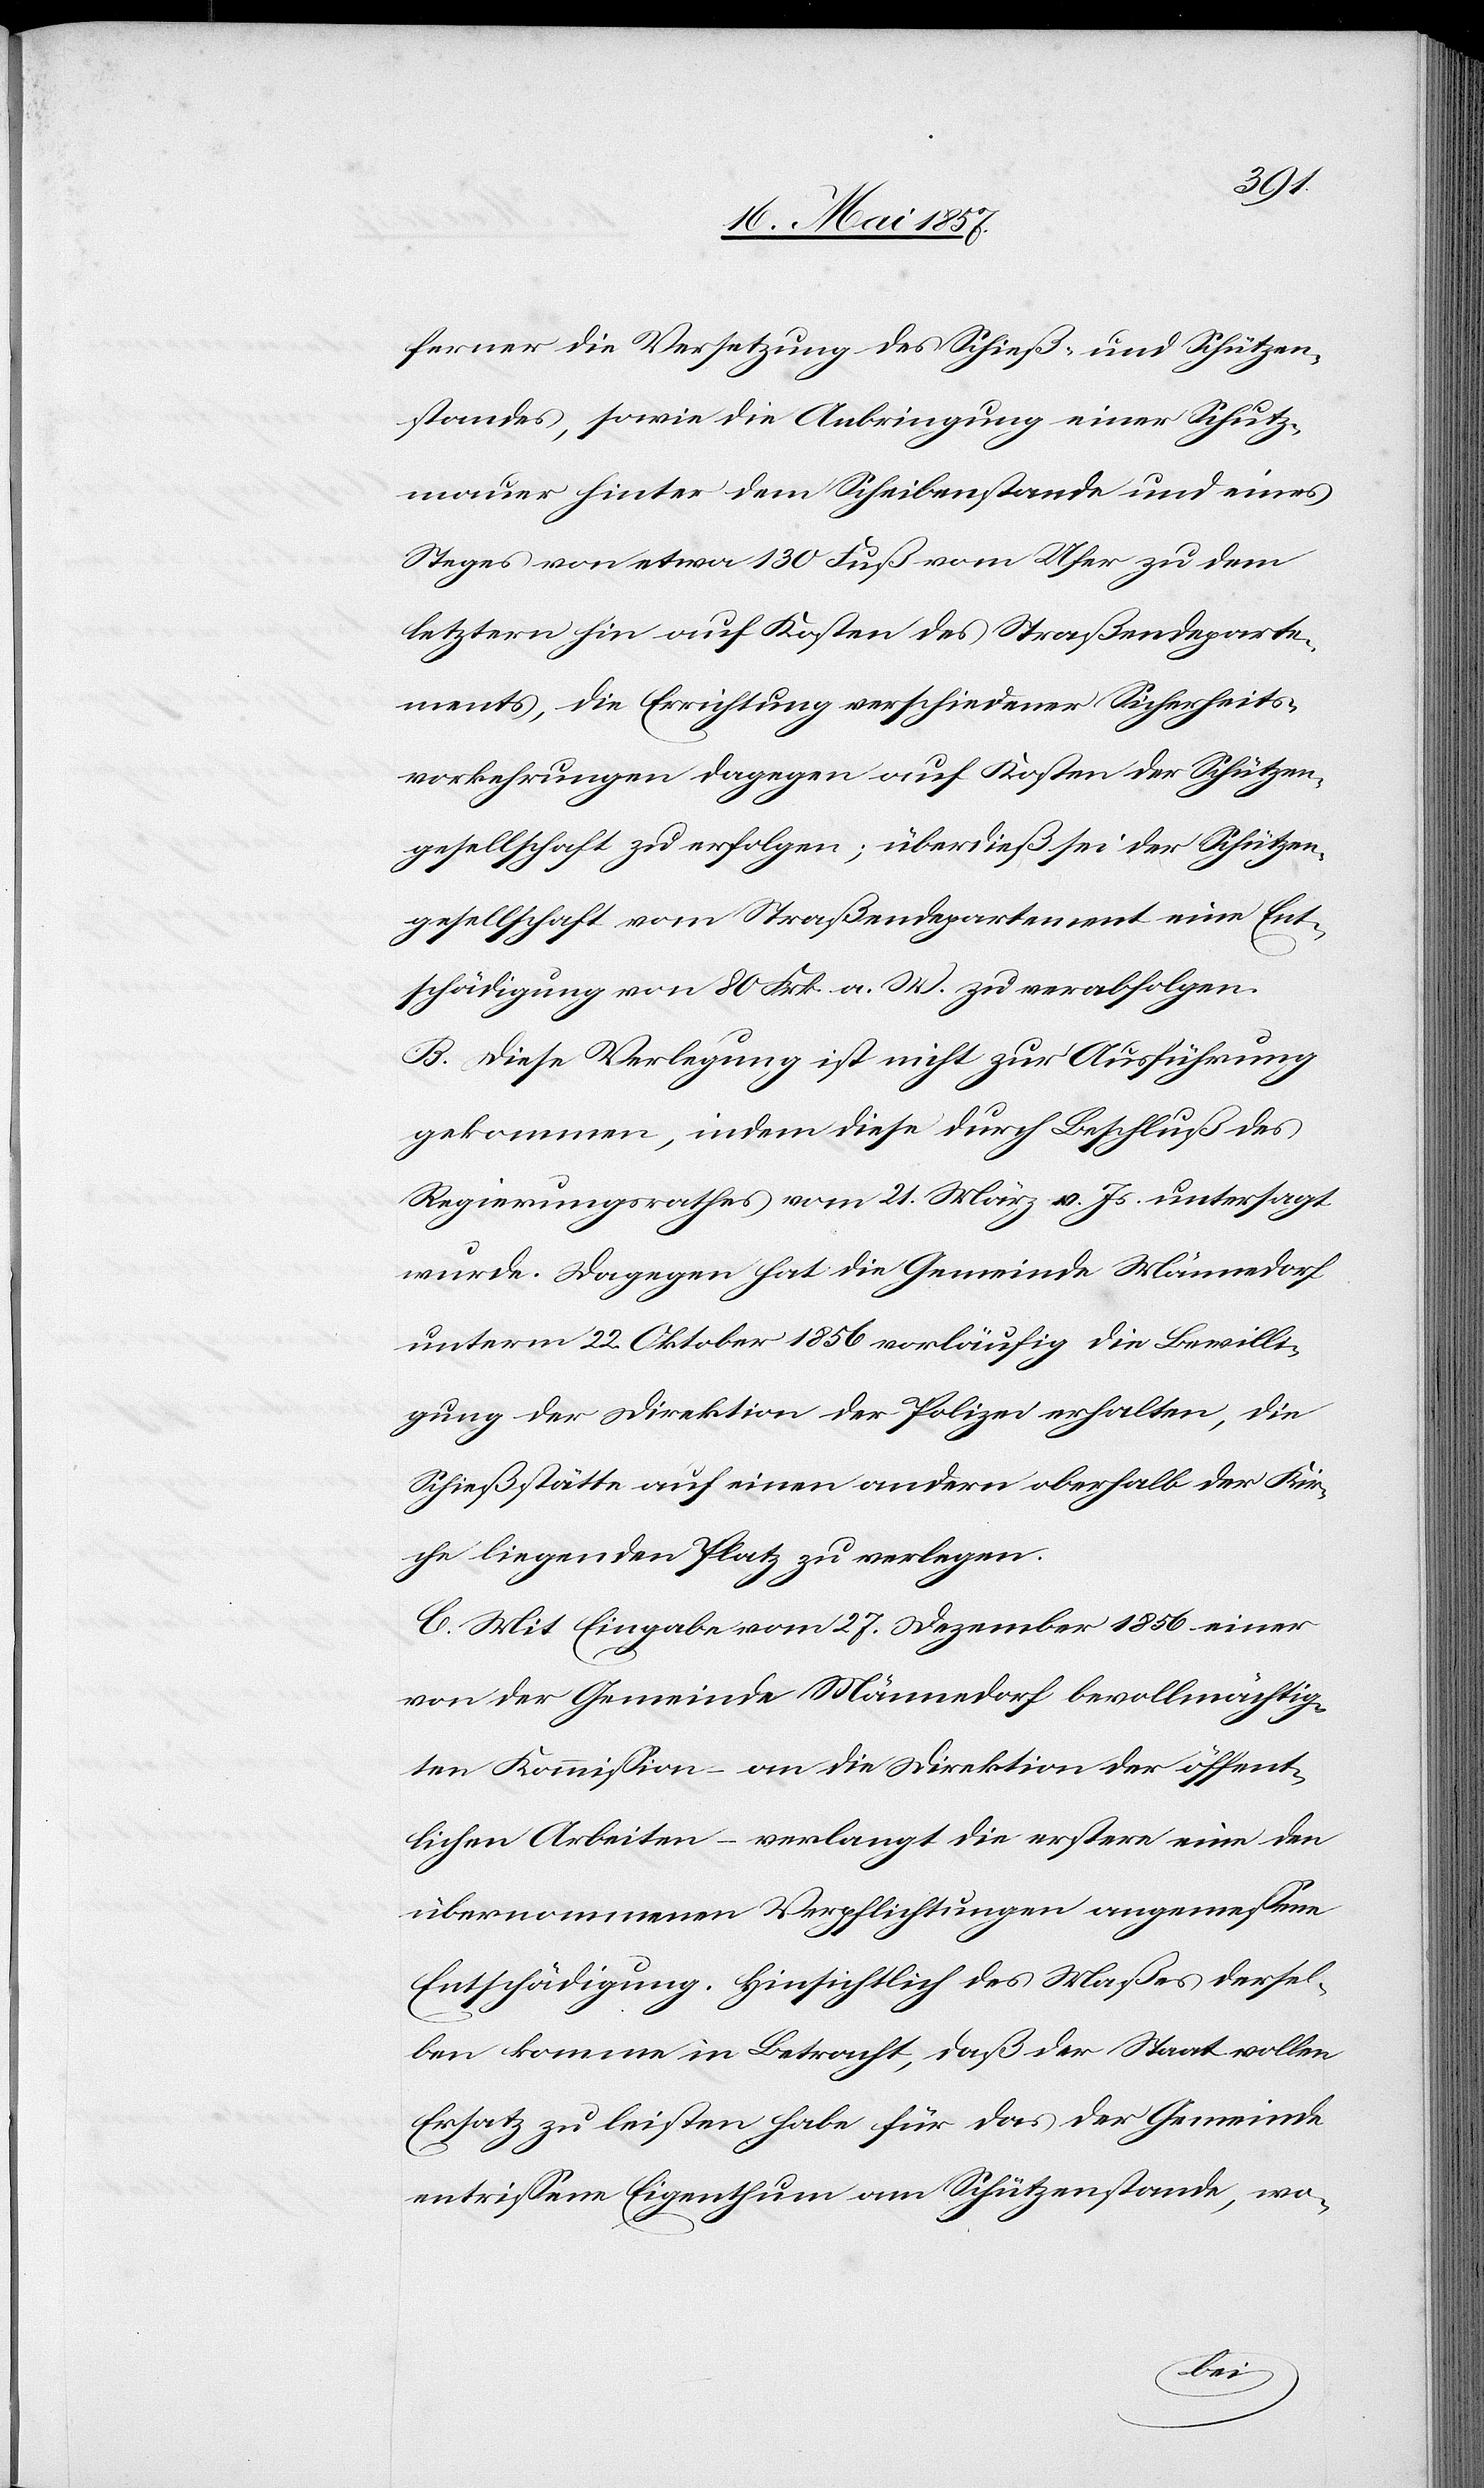
ferner die Versetzung des Schieß- und Schützen¬
standes, sowie die Anbringung einer Schutz¬
mauer hinter dem Scheibenstande und eines
Steges von etwa 130 Fuß vom Ufer zu dem
letztern hin auf Kosten des Straßendeparte¬
ments, die Errichtung verschiedener Sicherheits¬
vorkehrungen dagegen auf Kosten der Schützen¬
gesellschaft zu erfolgen; überdieß sei der Schützen¬
gesellschaft vom Straßendepartement eine Ent¬
schädigung von 80 Frk. a. W. zu verabfolgen.
B. Diese Verlegung ist nicht zur Ausführung
gekommen, indem diese durch Beschluß des
Regierungsrathes vom 21 März v. Js. untersagt
wurde. Dagegen hat die Gemeinde Männedorf
unterm 22 Oktober 1856 vorläufig die Bewilli¬
gung der Direktion der Polizei erhalten, die
Schießstätte auf einen andern oberhalb der Kir¬
che liegenden Platz zu verlegen.
C. Mit Eingabe vom 27 Dezember 1856 einer
von der Gemeinde Männedorf bevollmächtig¬
ten Kommission – an die Direktion der öffent¬
lichen Arbeiten – verlangt die erstere eine den
übernommenen Verpflichtungen angemessene
Entschädigung. Hinsichtlich des Maßes dersel¬
ben komme in Betracht, daß der Staat vollen
Ersatz zu leisten habe für das der Gemeinde
entrissene Eigenthum am Schützenstande, wo-